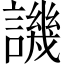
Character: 譏